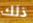
ذلك